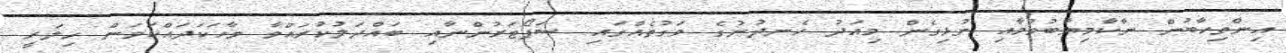
އިންތިހާބުން ނާކާމިޔާބުވުމާއި ގުޅިގެން މިއަދު ހެނދުނުގެ ވަގުތެއްގައި ސަޕޯޓަރުންނާއި ބައްދަލުކުރައްވާ ވާހަކަދައްކަވަން ހިލަރީ